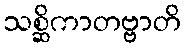
သစ္ဆိကာတဗ္ဗာတိ